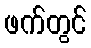
ဖက်တွင်